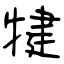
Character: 犍